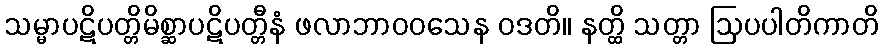
သမ္မာပဋိပတ္တိမိစ္ဆာပဋိပတ္တီနံ ဖလာဘာဝဝသေန ဝဒတိ။ နတ္ထိ သတ္တာ ဩပပါတိကာတိ